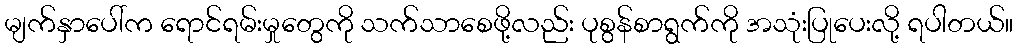
မျက်နှာပေါ်က ရောင်ရမ်းမှုတွေကို သက်သာစေဖို့လည်း ပုစွန်စာရွက်ကို အသုံးပြုပေးလို့ ရပါတယ်။